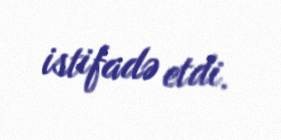
istifadə etdi.